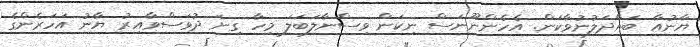
ޔާނުއާ ބައްދަލުނުވާކަން. އެހެންނޫނަސް ނިކަން ވިސްނާލަބަލަ މިހާ ގިނަ ދުވަސްވާއިރު ޔާނު އަހަރެންގެ